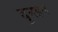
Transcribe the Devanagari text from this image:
दुनहम